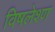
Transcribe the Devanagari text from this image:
विषलेश्ण